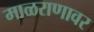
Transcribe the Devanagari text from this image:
माळराणावर